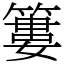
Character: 簍